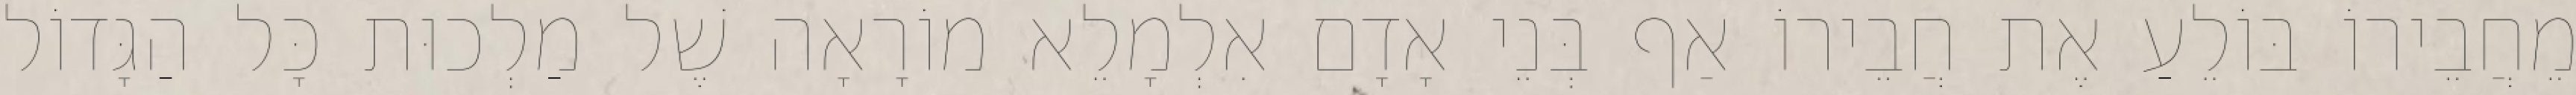
מֵחֲבֵירוֹ בּוֹלֵעַ אֶת חֲבֵירוֹ אַף בְּנֵי אָדָם אִלְמָלֵא מוֹרָאָה שֶׁל מַלְכוּת כָּל הַגָּדוֹל